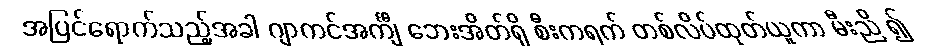
အပြင်ရောက်သည့်အခါ ဂျာကင်အင်္ကျီ ဘေးအိတ်ရှိ စီးကရက် တစ်လိပ်ထုတ်ယူကာ မီးညိ ၍